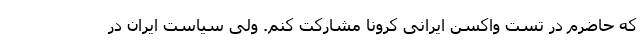
که حاضرم در تست واکسن ایرانی کرونا مشارکت کنم. ولی سیاست ایران در